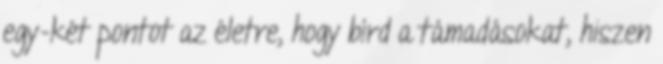
egy-két pontot az életre, hogy bírd a támadásokat, hiszen